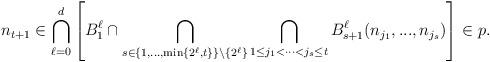
LaTeX: \begin{align*}n_{t+1}\in\bigcap_{\ell=0}^d\left[B_1^\ell\cap \bigcap_{s\in\{1,...,\min\{2^\ell,t\}\}\setminus\{2^\ell\}}\bigcap_{1\leq j_1<\cdots<j_s\leq t}B_{s+1}^\ell(n_{j_1},...,n_{j_s})\right]\in p.\end{align*}